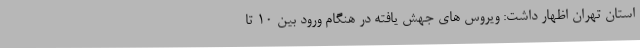
استان تهران اظهار داشت: ویروس های جهش یافته در هنگام ورود بین ۱۰ تا